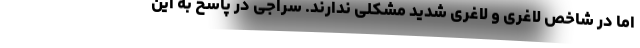
اما در شاخص لاغری و لاغری شدید مشکلی ندارند. سراجی در پاسخ به این